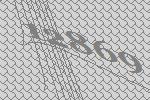
12869